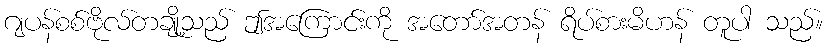
ဂျပန်စစ်ဗိုလ်တချို့သည် ဤအကြောင်းကို အတော်အတန် ရိပ်စားမိဟန် တူပါ သည်။